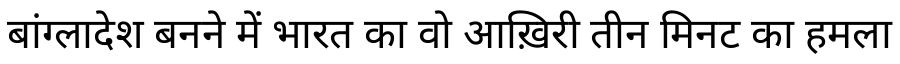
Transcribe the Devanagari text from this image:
बांग्लादेश बनने में भारत का वो आख़िरी तीन मिनट का हमला